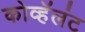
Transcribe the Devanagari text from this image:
कोव्हॅलंट